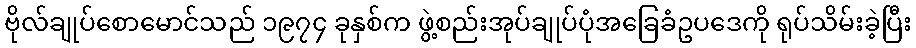
ဗိုလ်ချုပ်စောမောင်သည် ၁၉၇၄ ခုနှစ်က ဖွဲ့စည်းအုပ်ချုပ်ပုံအခြေခံဥပဒေကို ရုပ်သိမ်းခဲ့ပြီး